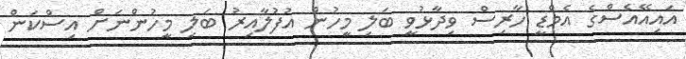
އައިއޭއެސްގެ އެމްޑީ ހާރިސް ވިދާޅުވީ ބަލި މީހުން އުފުލާއިރު ބަލި މީހުންނަށް އިސްކަން